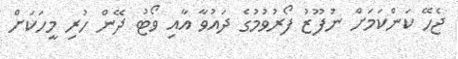
ޖެހޭ ކަންކަމަށް ނުފޫޒު ފޯރުވުމުގެ ދައުވާ އާއި ވޯޓު ދޭން ހުރި މީހަކަށް